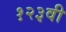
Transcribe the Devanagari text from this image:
१२३वी